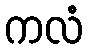
ကလံ